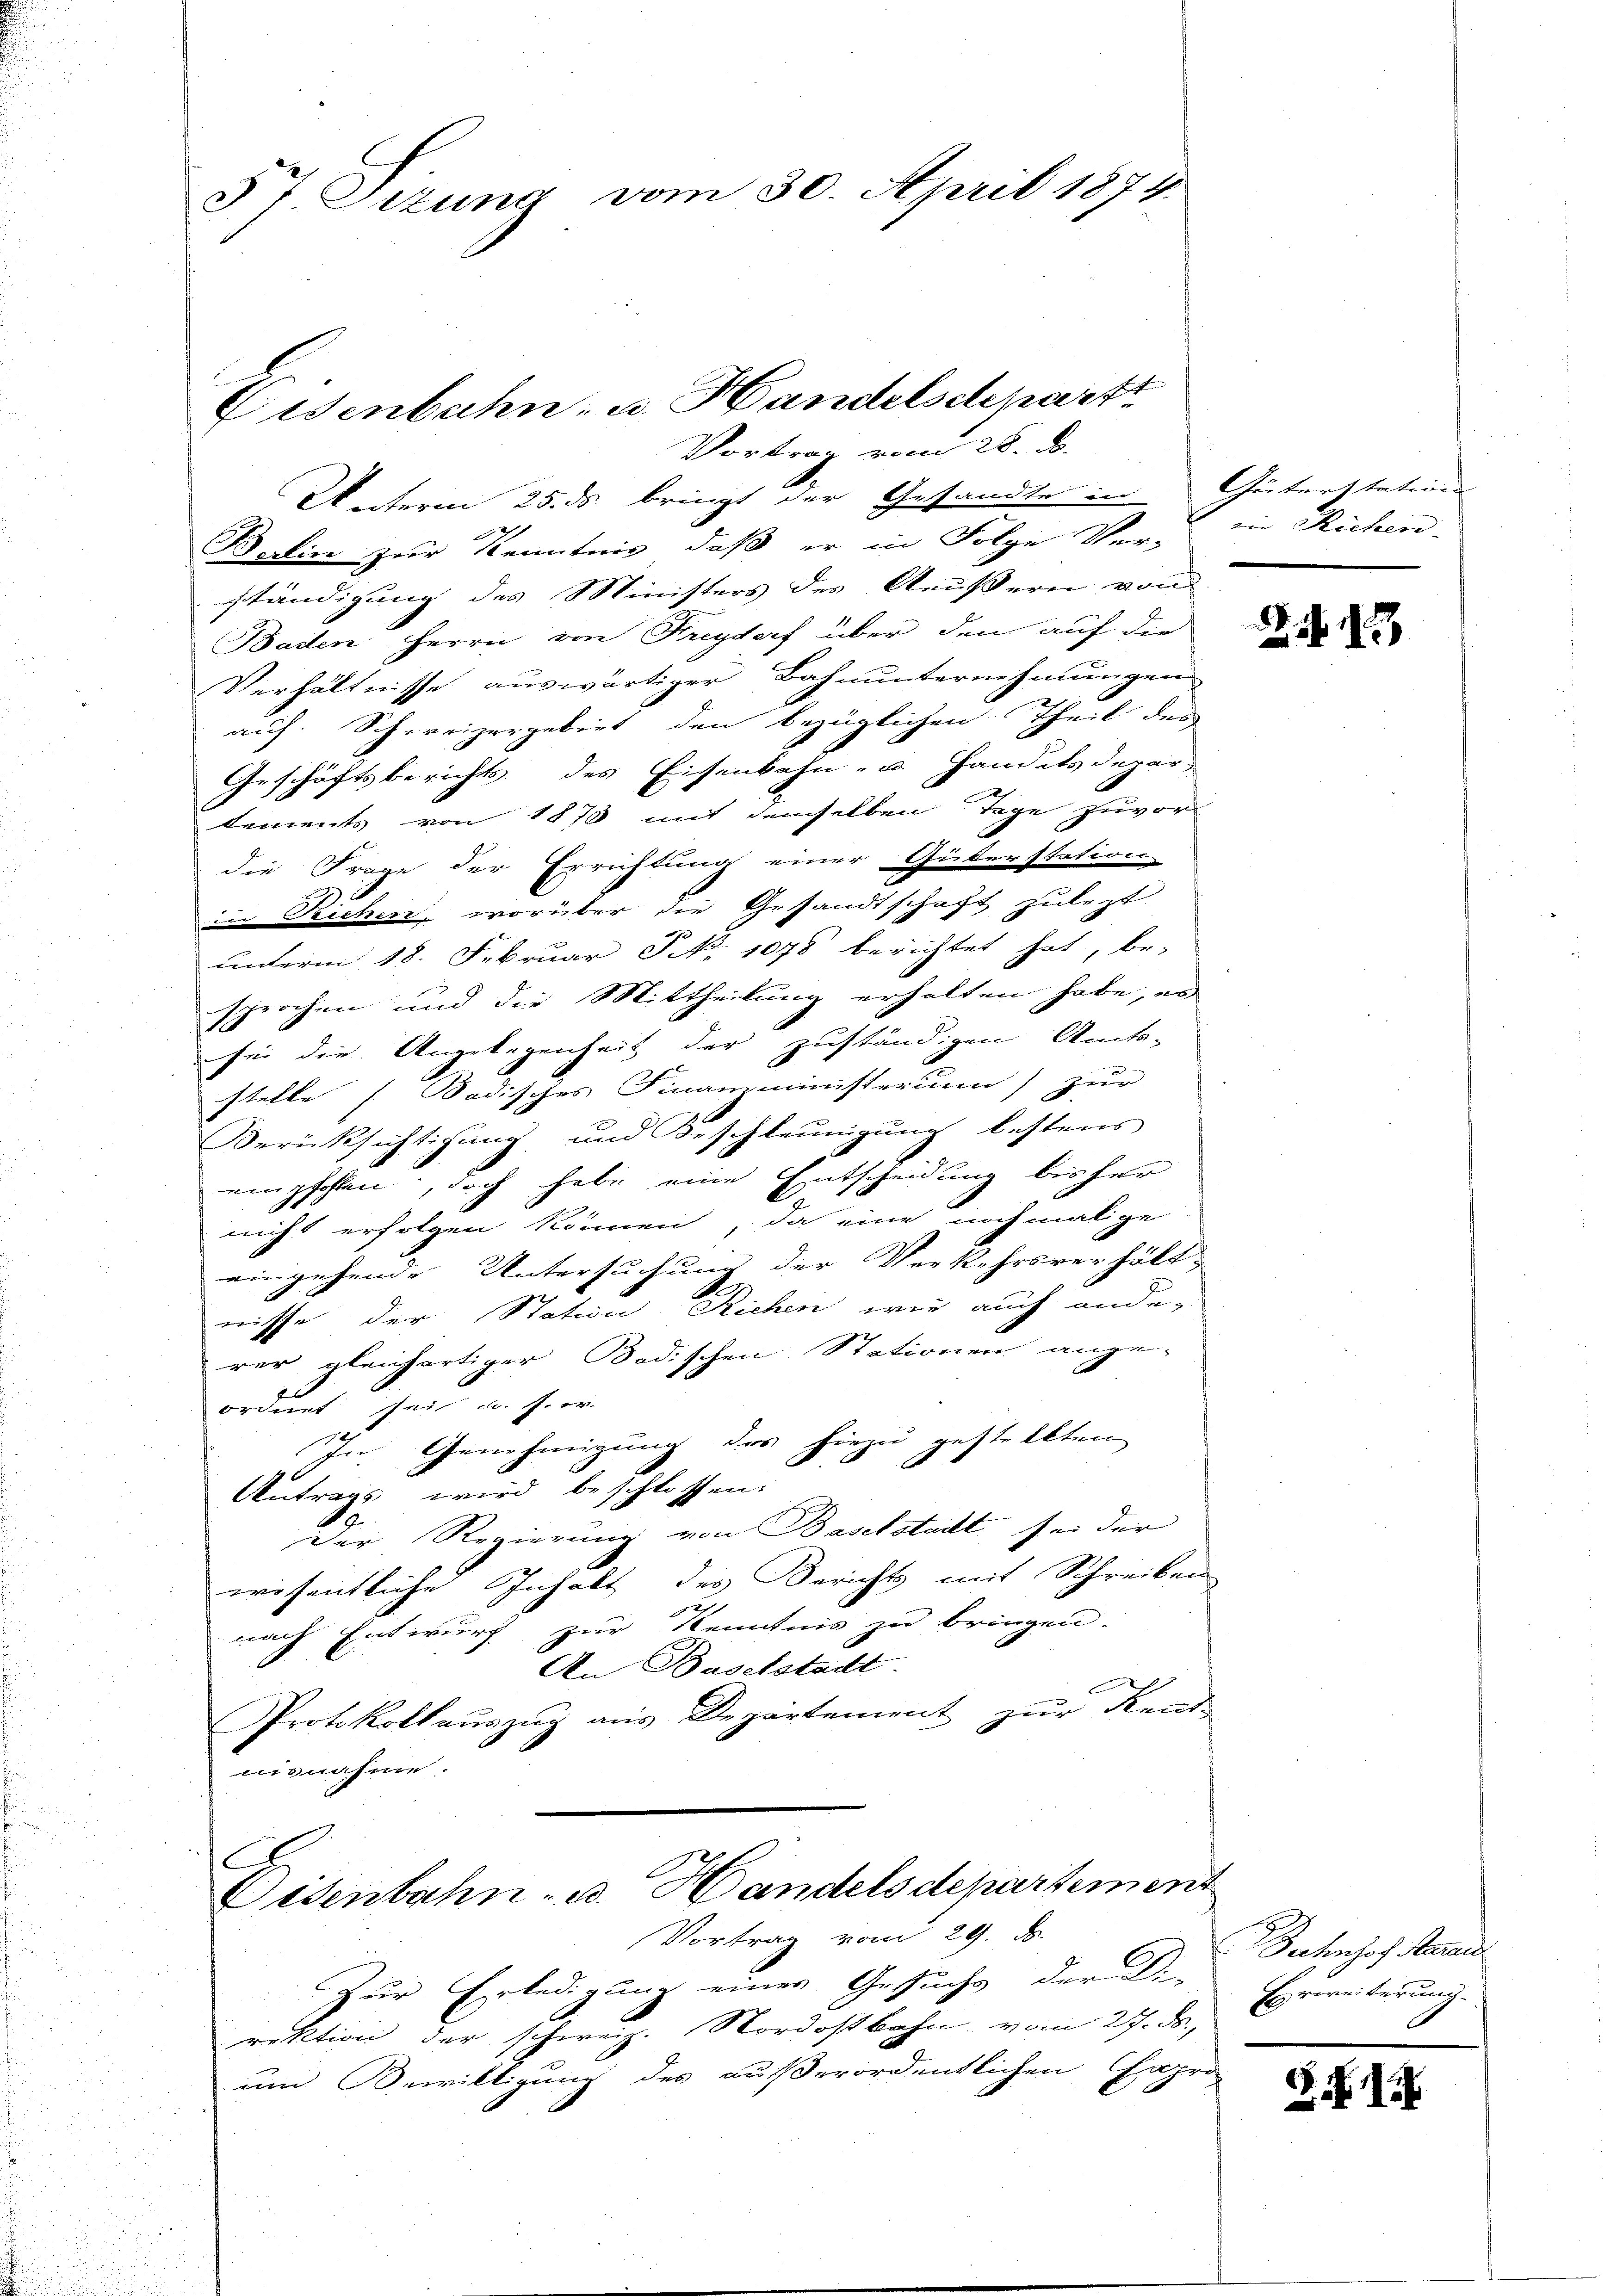
57 Sizung vom 30. April 1874.

Eisenbahn, u. Handelschpart
Vortrag vom 28. ds.
Unterm 25. ds. bringt der Gesandte in Güterstations

Balin zur Kenntnis, daß er in Folge Ver-
ständigung des Ministers des Aeußern von
Baden Herrn von Freydorf über den auf die
Verhältnisse auswärtiger Bahnunternehmungen
auf. Schweizergebiet den bezüglichen Theil des
Geschäftsberichts des Eisenbahn- u. Handelsdepar-
lements von 1870 mit demselben Tage zuvor
die Frage der Errichtung einer Güterstation
in Richen, worüber die Gesandtschaft zulezt
unterm 18. Februar P. N. 1078 berichtet hat, be-
sprochen und die Mittheilung erhalten habe, er
10
sei die Angelegenheit der zuständigen Amts-
stelle Badisches Finanzministerium) zur
Berücksichtigung und Beschleunigung bestens
empfehlen, doch habe eine Entscheidung bisher
nicht erfolgen können, da eine nochmalige
eingehende Untersuchung der Verkehrsverhält-
nisse der Station Richen wir auch ande-
rer gleichartiger Bodischen Stationen ange-
ordnet sei u. s. er-
In Genehmigung des hiezu gestellten
Antrags wird beschlossen:
Der Regierung von Baselstadt sei der
wisentliche Inhalt des Berichts mit Schreiben
nach Entwurf zur Kenntnis zu bringen.
An Baselstadt
Protokollauszug aus Departement zur Kent-
nisnahme.
C
Eisenbahn- u. Handels departement

Vortrag vom 29. d.
Zur Erledigung eines Gesuchs der Di
rektion der schweiz. Nordostbahn vom 27. d. Erweiterung.
um Bewilligung des außerordentlichen Capro

ei Richen

Z. 13

Bahnhof Maria

S. XIX